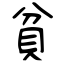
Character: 貧